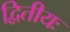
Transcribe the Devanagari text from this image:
द्वितीयः